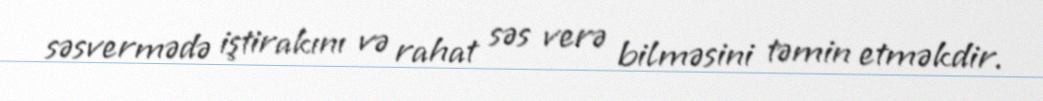
səsvermədə iştirakını və rahat səs verə bilməsini təmin etməkdir.